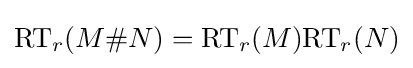
{\text{RT}}_{r}(M\#N)={\text{RT}}_{r}(M){\text{RT}}_{r}(N)